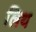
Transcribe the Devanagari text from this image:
लिथ